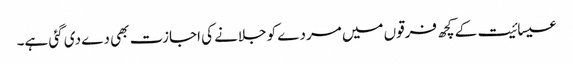
عیسائیت کے کچھ فرقوں میں مردے کو جلانے کی اجازت بھی دے دی گئی ہے۔